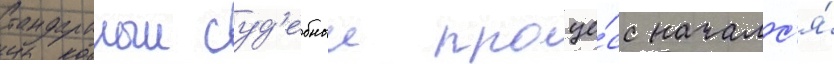
Стандартныи суд'ебныи проце́сс началс'я́